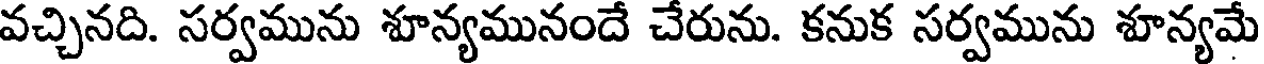
వచ్చినది. సర్వమును శూన్యమునందే చేరును. కనుక సర్వమును శూన్యమే